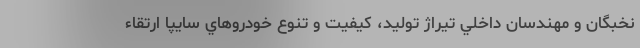
نخبگان و مهندسان داخلي تيراژ توليد، كيفيت و تنوع خودروهاي سايپا ارتقاء